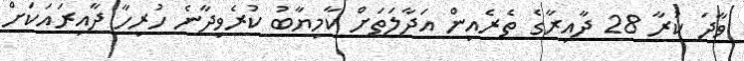
ވާދަ ކުރާ 28 ދާއިރާގެ ތެރެއިން އަދާލަތަށް ކާމިޔާބު ކުރެވިދާނެ ހުރިހާ ދާއިރައަކަށް